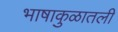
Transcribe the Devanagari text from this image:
भाषाकुळातली